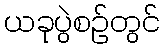
ယခုပွဲစဉ်တွင်